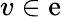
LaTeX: v\in\mathrm{e}